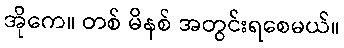
အိုကေ။ တစ် မိနစ် အတွင်းရစေမယ်။